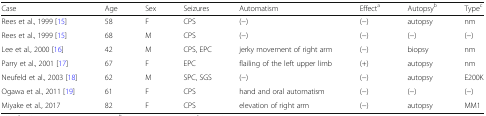
<table><thead><tr><td><b>Case</b></td><td><b>Age</b></td><td><b>Sex</b></td><td><b>Seizures</b></td><td><b>Automatism</b></td><td><b>Effect<sup>a</sup></b></td><td><b>Autopsy<sup>b</sup></b></td><td><b>Type<sup>c</sup></b></td></tr></thead><tbody><tr><td>Rees et al., 1999 [15]</td><td>58</td><td>F</td><td>CPS</td><td>(−)</td><td>(−)</td><td>autopsy</td><td>nm</td></tr><tr><td>Rees et al., 1999 [15]</td><td>68</td><td>M</td><td>CPS</td><td>(−)</td><td>(−)</td><td>(−)</td><td>(−)</td></tr><tr><td>Lee et al., 2000 [16]</td><td>42</td><td>M</td><td>CPS, EPC</td><td>jerky movement of right arm</td><td>(−)</td><td>biopsy</td><td>nm</td></tr><tr><td>Parry et al., 2001 [17]</td><td>67</td><td>F</td><td>EPC</td><td>flailing of the left upper limb</td><td>(+)</td><td>autopsy</td><td>nm</td></tr><tr><td>Neufeld et al., 2003 [18]</td><td>62</td><td>M</td><td>SPC, SGS</td><td>(−)</td><td>(−)</td><td>autopsy</td><td>E200K</td></tr><tr><td>Ogawa et al., 2011 [19]</td><td>61</td><td>F</td><td>CPS</td><td>hand and oral automatism</td><td>(−)</td><td>(−)</td><td>(−)</td></tr><tr><td>Miyake et al., 2017</td><td>82</td><td>F</td><td>CPS</td><td>elevation of right arm</td><td>(−)</td><td>autopsy</td><td>MM1</td></tr></tbody></table>